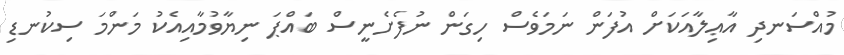
މުއްސަނދި އާޢިލާއަކަށް އުފަން ނަމަވެސް ހިގަން ނުފެށެނީސް ބައްޕަ ނިޔާވުމާއިއެކު މަންމަ ސިކުނޑި